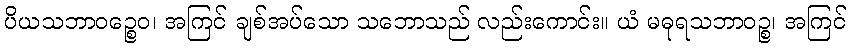
ပိယသဘာဝဉ္စေဝ၊ အကြင် ချစ်အပ်သော သဘောသည် လည်းကောင်း။ ယံ မဓုရသဘာဝဉ္စ၊ အကြင်